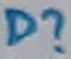
Text: D?